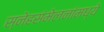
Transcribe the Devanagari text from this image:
स्नेहसंमेलनांमध्ये